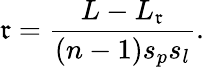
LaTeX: \mathfrak{r}=\frac{{L-L_{\mathfrak{r}}}}{{(n-1)s_{p}s_{l}}}.